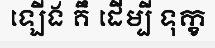
ឡើង គឹ ដើម្បី ទុក្ខ